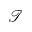
\mathcal { T }